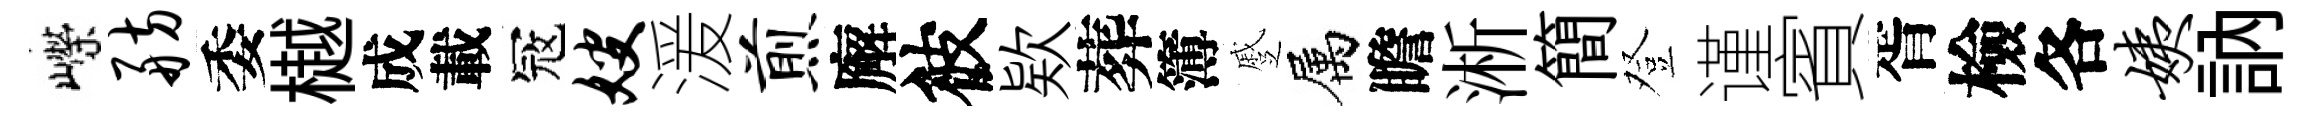
嶸舫委樾成載冦嫂湲煎廨彼欵葬簿蹙属瞻淅簡登谨賓胥檢各姨訥